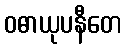
ဝဓာယုပနီတေ